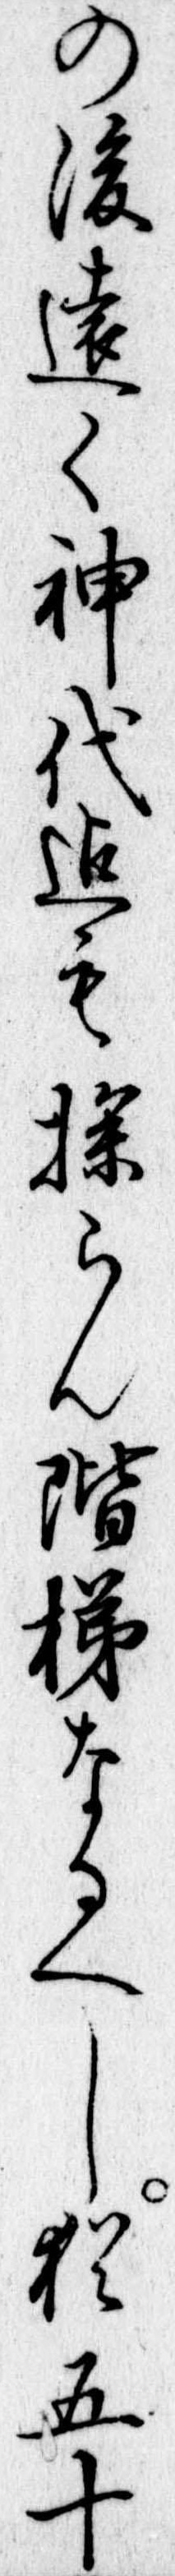
の後遠く神代迄も探らん階梯なるへし猶五十